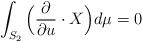
LaTeX: \begin{align*}\int_{S_2}\Big(\frac{\partial}{\partial u} \cdot X\Big)d\mu = 0\end{align*}